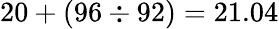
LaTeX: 20+(96\div 92)=21.04